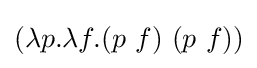
(\lambda p.\lambda f.(p\ f)\ (p\ f))